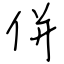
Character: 併